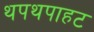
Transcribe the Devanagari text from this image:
थपथपाहट